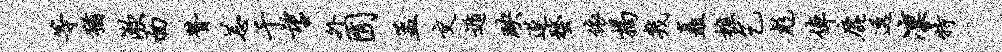
等犹漱面赞恙千望外囿孟交遁映遂蝥依揭几矗樵乞彪倬鹿透凛特